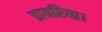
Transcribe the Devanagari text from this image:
डायरिया।